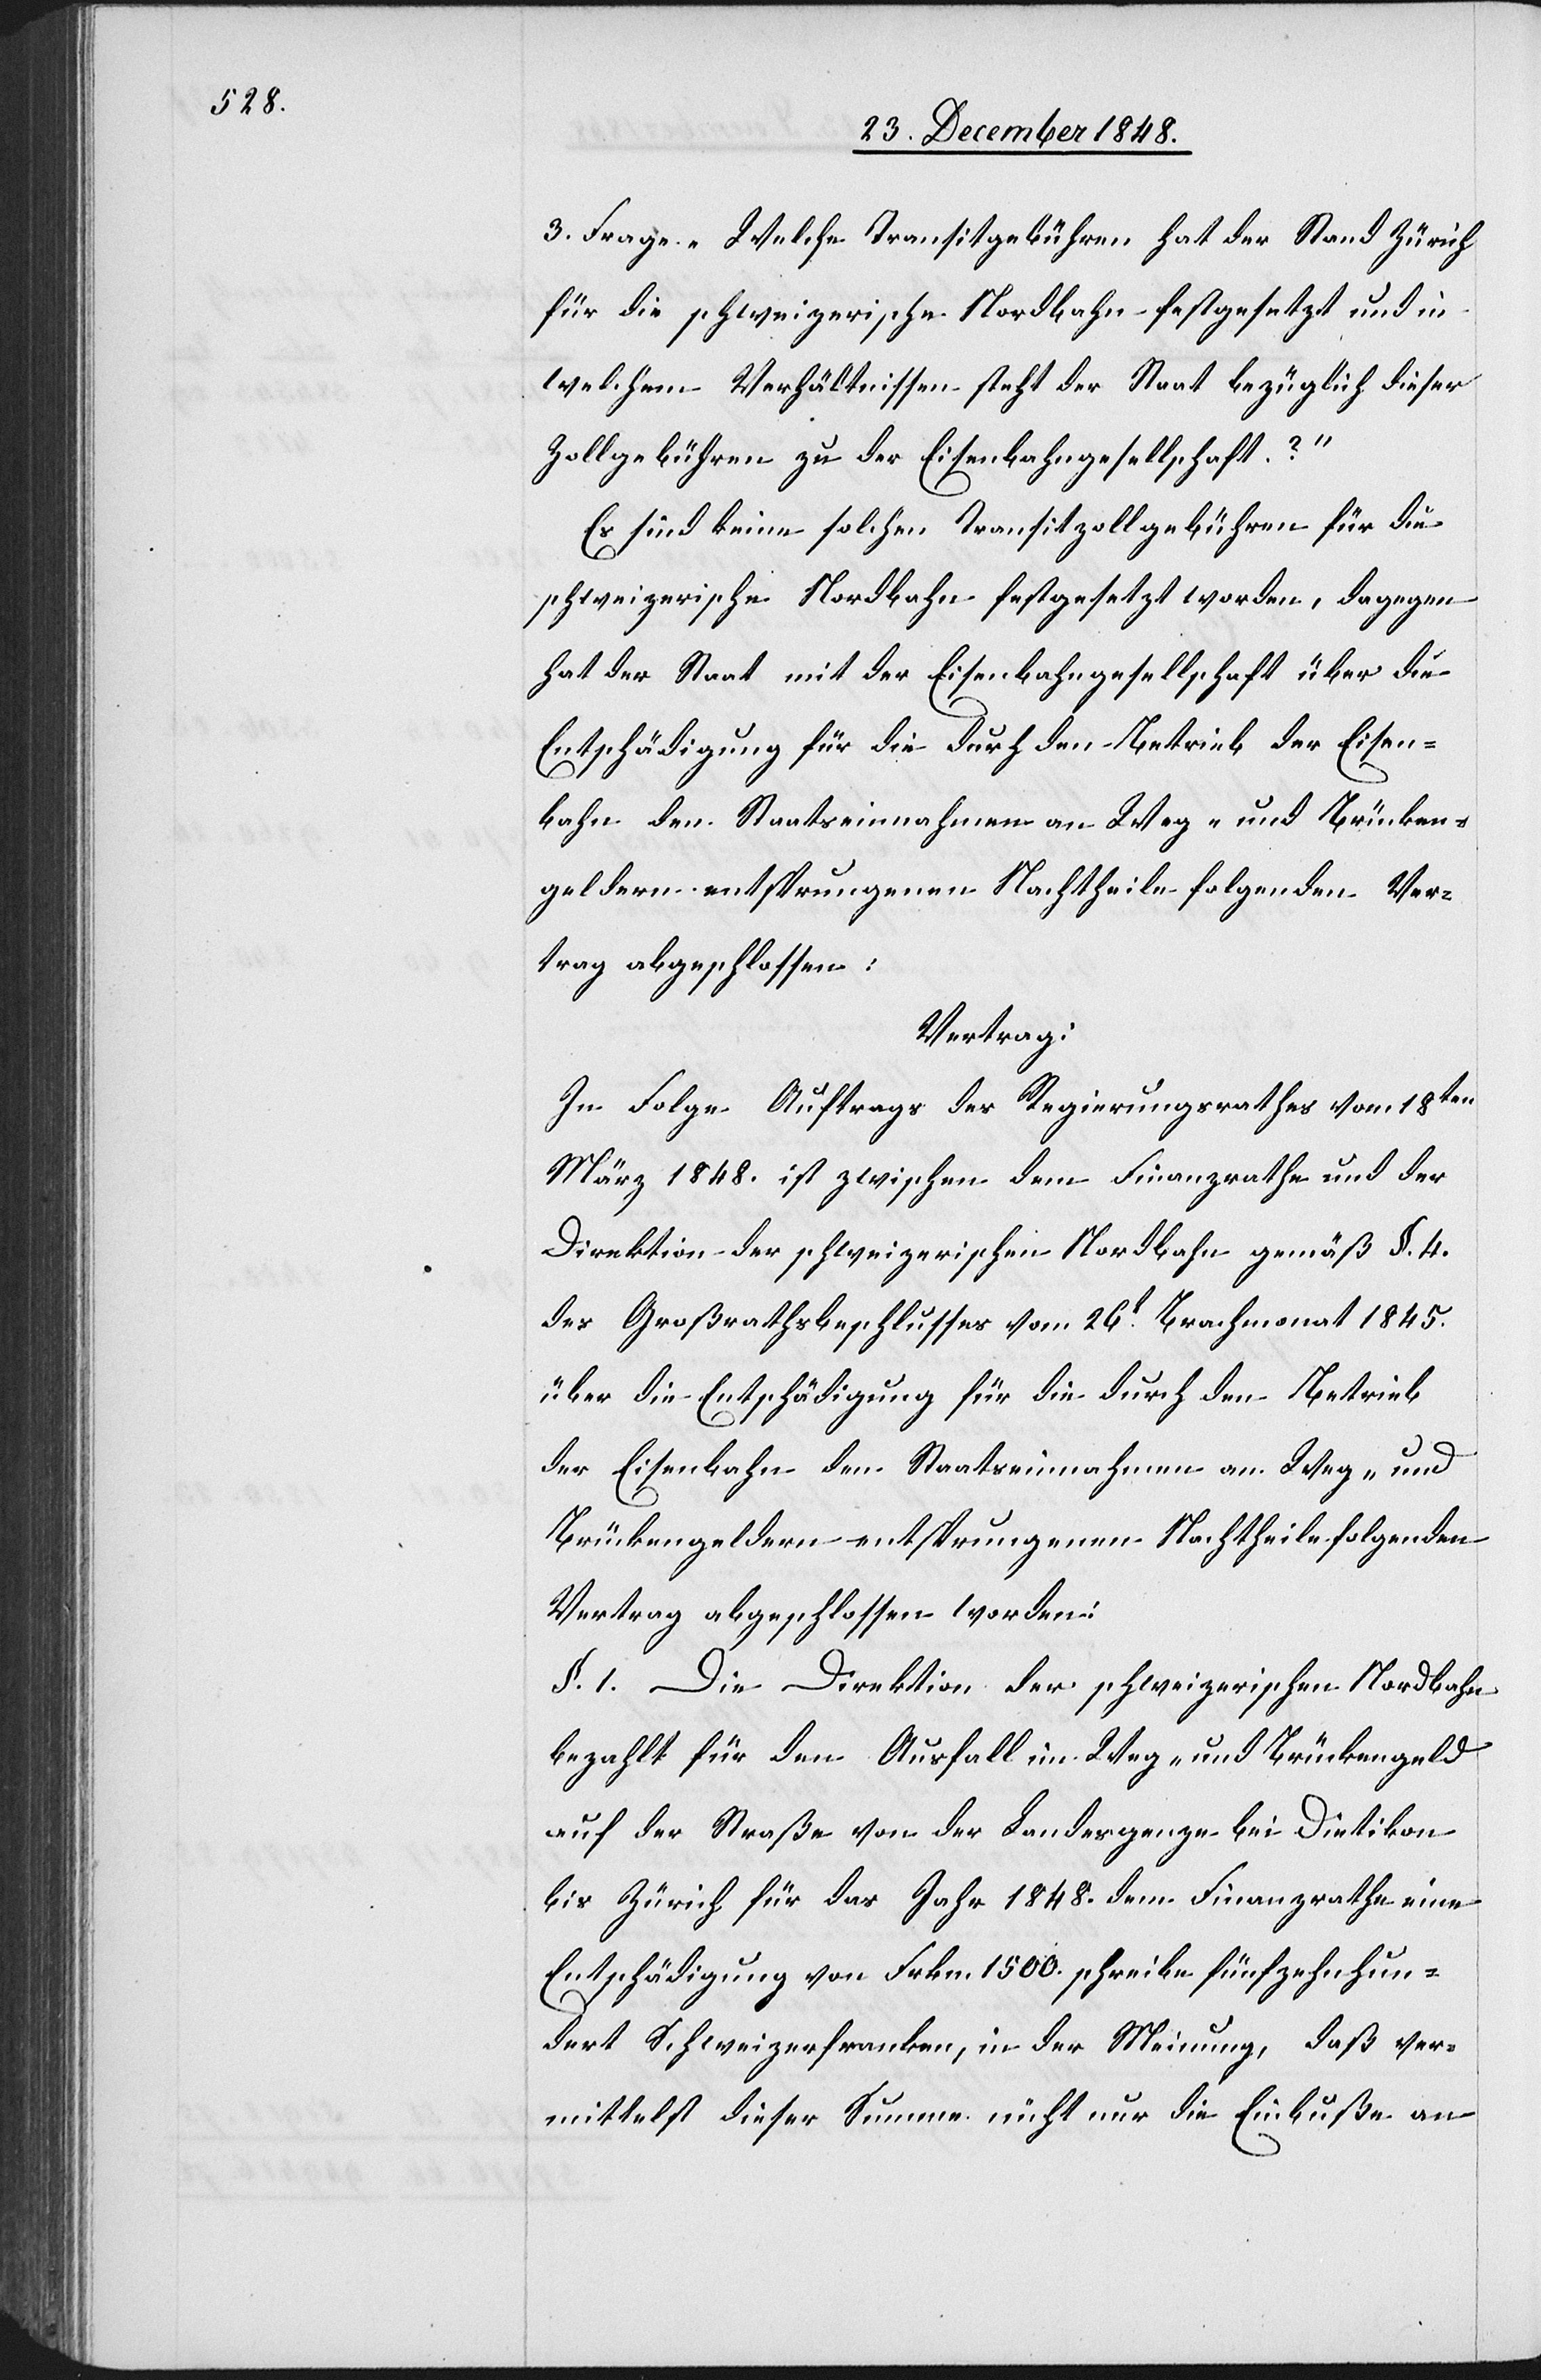
3. Frage „Welche Transitgebühren hat der Stand Zürich
für die schweizerische Nordbahn festgesetzt und in
welchen Verhältnissen steht der Staat bezüglich dieser
Zollgebühren zu der Eisenbahngesellschaft?“
Es sind keine solchen Transitzollgebühren für die
schweizerische Nordbahn festgesetzt worden, dagegen
hat der Staat mit der Eisenbahngesellschaft über die
Entschädigung für die durch den Betrieb der Eisen¬
bahn den Staatseinnahmen an Weg- und Brücken¬
geldern entsprungenen Nachtheile folgenden Ver¬
trag abgeschlossen:
Vertrag:
In Folge Auftrags des Regierungsrathes vom 18ten
März 1848. ist zwischen dem Finanzrathe und der
Direktion der schweizerischen Nordbahn gemäß §. 4.
des Großrathsbeschlusses vom 26t Brachmonat 1845.
über die Entschädigung für die durch den Betrieb
der Eisenbahn den Staatseinnahmen an Weg- und
Brückengeldern entsprungenen Nachtheile folgenden
Vertrag abgeschlossen worden:
§. 1. Die Direktion der schweizerischen Nordbahn
bezahlt für den Ausfall im Weg- und Brückengeld
auf der Straße von der Landesgrenze bei Dietikon
bis Zürich für das Jahr 1848. dem Finanzrathe eine
Entschädigung von Frkn. 1500. schreibe fünfzehnhun¬
dert Schweizerfranken, in der Meinung, daß ver¬
mittelst dieser Summe nicht nur die Einbuße an